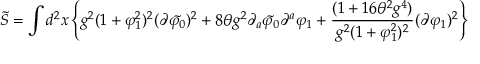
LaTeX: \tilde { S } = \int d ^ { 2 } { x } \left\{ g ^ { 2 } ( 1 + \varphi _ { 1 } ^ { 2 } ) ^ { 2 } ( \partial \tilde { \varphi _ { 0 } } ) ^ { 2 } + 8 \theta g ^ { 2 } \partial _ { a } \tilde { \varphi _ { 0 } } \partial ^ { a } \varphi _ { 1 } + \frac { ( 1 + 1 6 \theta ^ { 2 } g ^ { 4 } ) } { g ^ { 2 } ( 1 + \varphi _ { 1 } ^ { 2 } ) ^ { 2 } } ( \partial \varphi _ { 1 } ) ^ { 2 } \right\}